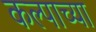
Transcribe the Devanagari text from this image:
कल्पाच्या